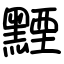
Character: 黫